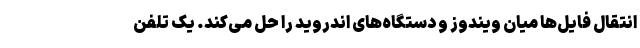
انتقال فایل‌ها میان ویندوز و دستگاه‌های اندروید را حل می‌کند. یک تلفن